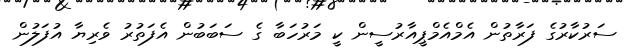
ސަރުކާރުގެ ފަރާތުން އެމްއެމްޕީއާރުސީން ކީ މަރުހަބާ ގެ ސަބަބުން އެފަތުރު ވެރިޔާ އުފަލުން